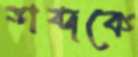
শব্দকে